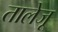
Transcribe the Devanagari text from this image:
तालेजू